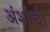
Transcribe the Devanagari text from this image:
अंशांची